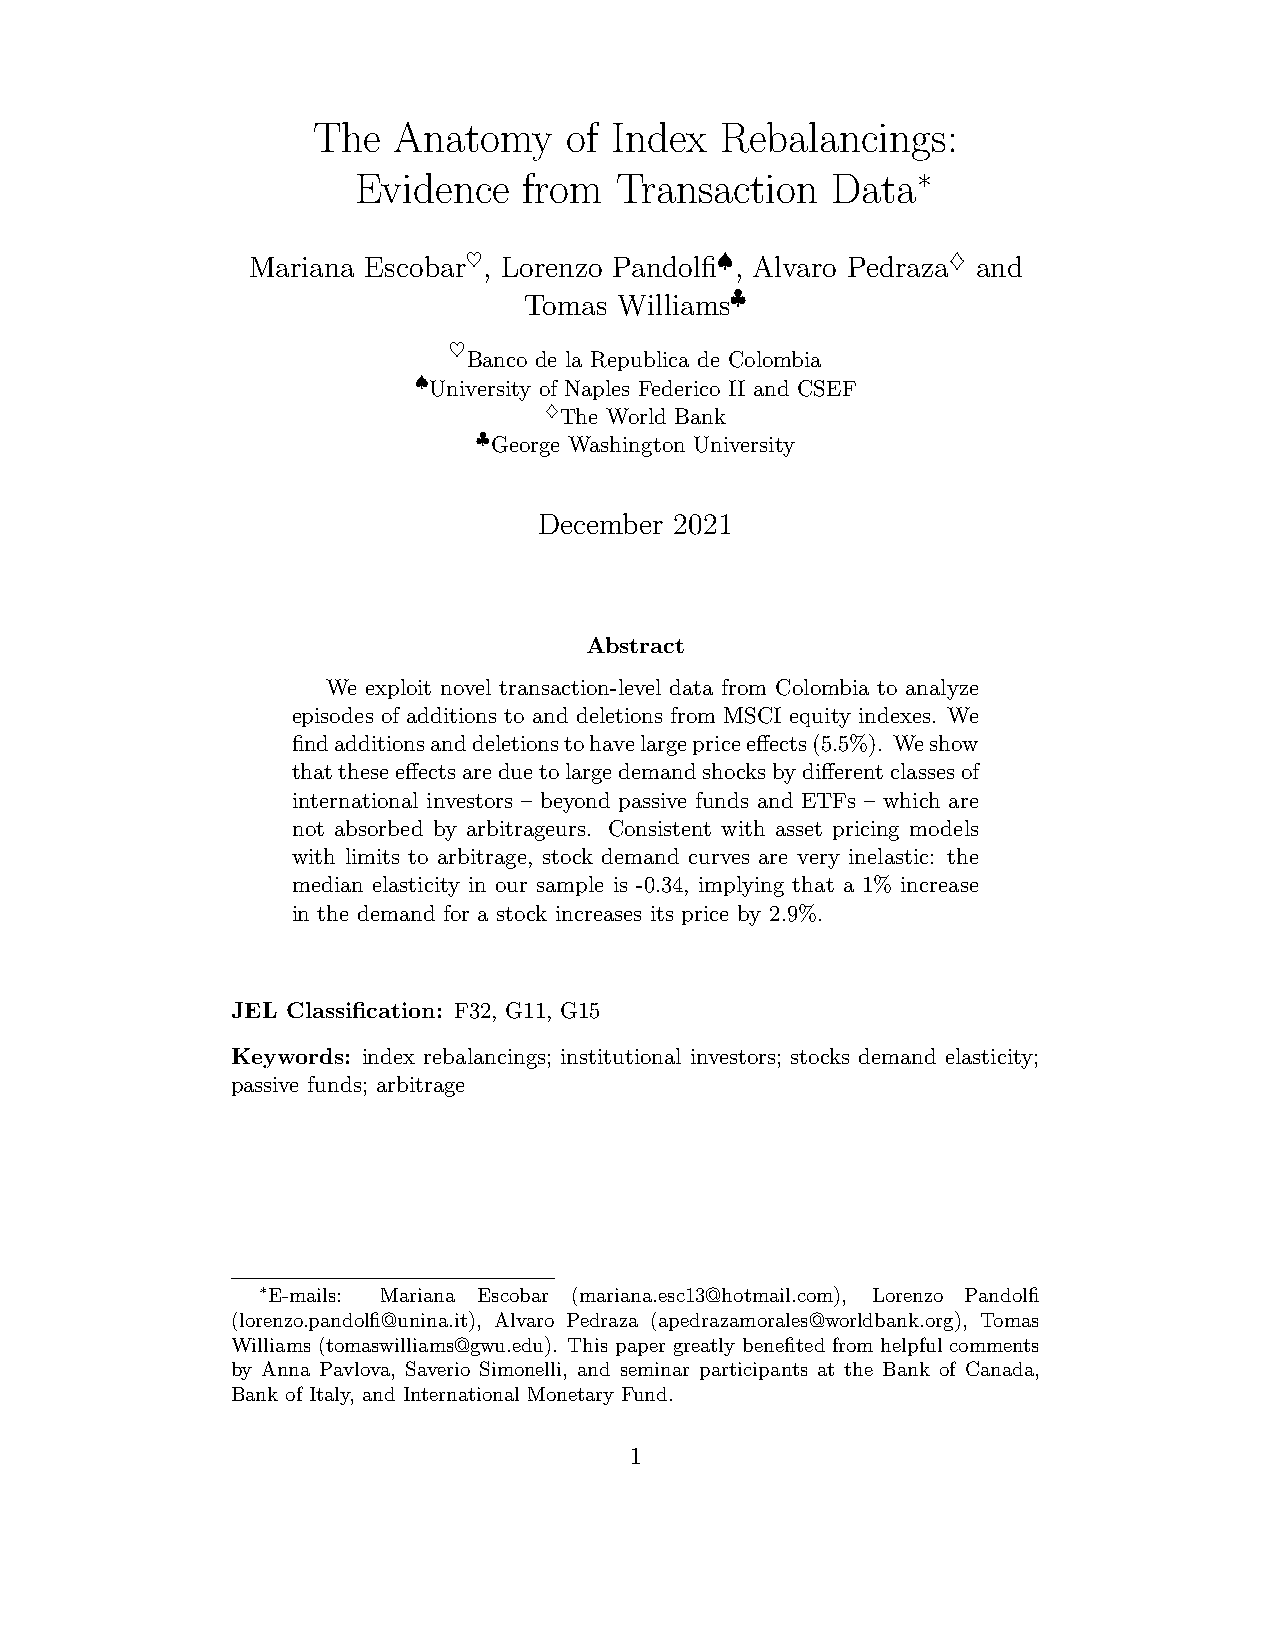
The  Anatomy     of Index  Rebalancings:
 Evidence    from  Transaction   Data∗
 Mariana Escobar♥, Lorenzo Pandolfi♠, Alvaro Pedraza♦ and
 Tomas Williams♣
 ♥
 Banco de la Republica de Colombia
 ♠University of Naples Federico II and CSEF
 ♦The World Bank
 ♣George Washington University
 December 2021
 Abstract
 We exploit novel transaction-level data from Colombia to analyze
 episodes of additions to and deletions from MSCI equity indexes. We
 findadditionsanddeletionstohavelargepriceeffects(5.5%). Weshow
 thattheseeffectsareduetolargedemandshocksbydifferentclassesof
 international investors – beyond passive funds and ETFs – which are
 not absorbed by arbitrageurs. Consistent with asset pricing models
 with limits to arbitrage, stock demand curves are very inelastic: the
 median elasticity in our sample is -0.34, implying that a 1% increase
 in the demand for a stock increases its price by 2.9%.
 JEL Classification: F32, G11, G15
 Keywords: index rebalancings; institutional investors; stocks demand elasticity;
 passive funds; arbitrage
 ∗E-mails: Mariana Escobar (mariana.esc13@hotmail.com), Lorenzo Pandolfi
 (lorenzo.pandolfi@unina.it), Alvaro Pedraza (apedrazamorales@worldbank.org), Tomas
 Williams (tomaswilliams@gwu.edu). This paper greatly benefited from helpful comments
 by Anna Pavlova, Saverio Simonelli, and seminar participants at the Bank of Canada,
 Bank of Italy, and International Monetary Fund.
 1